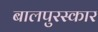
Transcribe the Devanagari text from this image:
बालपुरस्कार